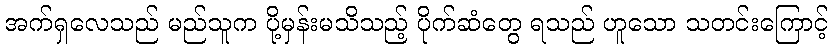
အက်ရှလေသည် မည်သူက ပို့မှန်းမသိသည့် ပိုက်ဆံတွေ ရသည် ဟူသော သတင်းကြောင့်